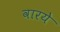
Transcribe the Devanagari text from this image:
वारये